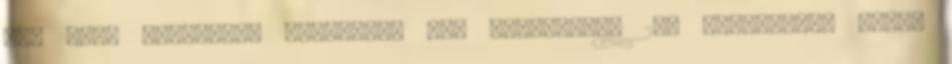
fel kell dolgozni. Részletek Egy kutatásban 28, infarktust átélt